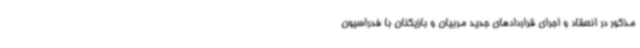
مذکور در انعقاد و اجرای قراردادهای جدید مربیان و بازیکنان با فدراسیون